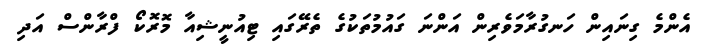
އެންމެ ގިނައިން ހަނގުރާމަވެރިން އަންނަ ގައުމުތަކުގެ ތެރޭގައި ޓިއުނީޝިއާ މޮރޮކޯ ފްރާންސް އަދި